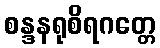
စန္ဒနရုစိရဂတ္တေ